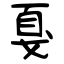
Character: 戛